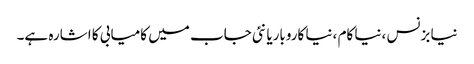
نیا بزنس ،نیا کام ،نیا کاروباریا نئی جاب میں کامیابی کا اشارہ ہے۔